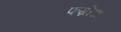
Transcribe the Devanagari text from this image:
फग्रीडा